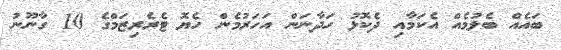
ބައެއް ބެލުމެއް އެކަމާއި ދެކޮޅު ހަދާނަން އަހަރުމެން ހެޔޮ ޓެރެރިޒަމްގެ 10 ގާނޫނު